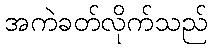
အကဲခတ်လိုက်သည်